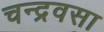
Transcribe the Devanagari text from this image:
चन्द्रवसा